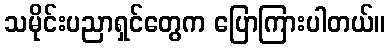
သမိုင်းပညာရှင်တွေက ပြောကြားပါတယ်။